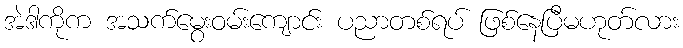
အဲဒါကိုက အသက်မွေးဝမ်းကျောင်း ပညာတစ်ရပ် ဖြစ်နေပြီမဟုတ်လား